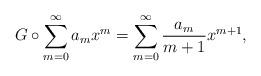
LaTeX: \begin{align*}G \circ \sum\limits_{m = 0}^\infty a_m x^m = \sum\limits_{m = 0}^\infty \frac{a_m}{m+1} x^{m+1},\end{align*}